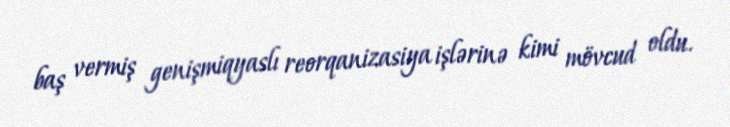
baş vermiş genişmiqyaslı reorqanizasiya işlərinə kimi mövcud oldu.